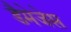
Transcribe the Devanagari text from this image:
डैमेजेस